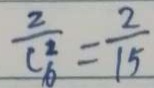
\frac { 2 } { C _ { 6 } ^ { 2 } } = \frac { 2 } { 1 5 }